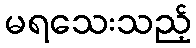
မရသေးသည့်